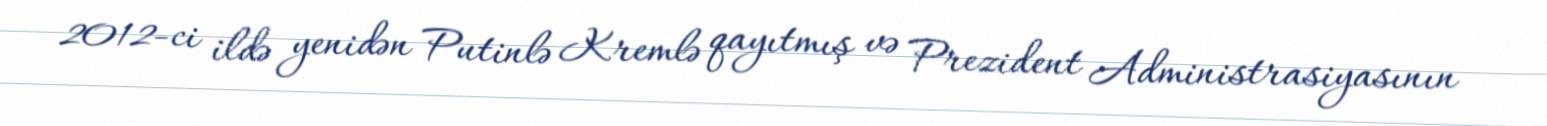
2012-ci ildə yenidən Putinlə Kremlə qayıtmış və Prezident Administrasiyasının